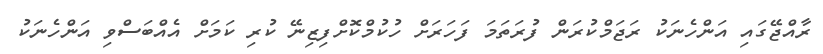
ރާއްޖޭގައި އަންހެނަކު ރަޖަމްކުރަން ފުރަތަމަ ފަހަރަށް ހުކުމްކޮށްފިޒިނޭ ކުރި ކަމަށް އެއްބަސްވި އަންހެނަކު